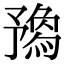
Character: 𠄝